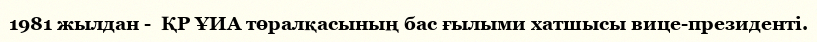
1981 жылдан -  ҚР ҰИА төралқасының бас ғылыми хатшысы вице-президенті.